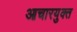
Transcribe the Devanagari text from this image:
आचारयुक्त